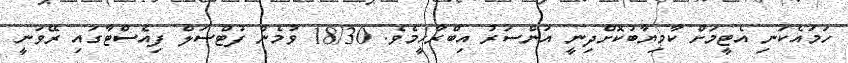
ހަމައެކަނި އެޓީމަށް ކާމިޔާބުކޮށްދިނީ އަންސަރު އިބްރާހީމެވެ. 18/30 ވުމެން ފުޓްސަލް ފިއެސްޓާގައި ރޭވަނީ